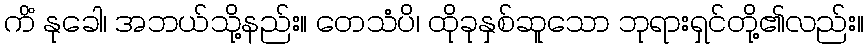
ကိံ နုခေါ၊ အဘယ်သို့နည်း။ တေသံပိ၊ ထိုခုနှစ်ဆူသော ဘုရားရှင်တို့၏လည်း။